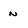
Character: n